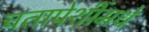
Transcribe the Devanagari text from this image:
चतापेशींमधे